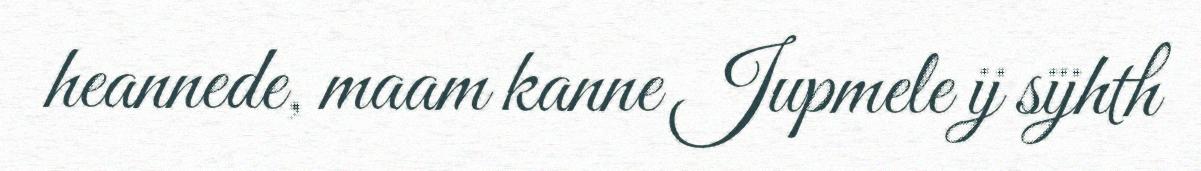
heannede, maam kanne Jupmele ij sïjhth